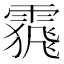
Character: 𩄩